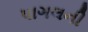
પાગલની